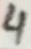
Text: 4